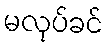
မလုပ်ခင်